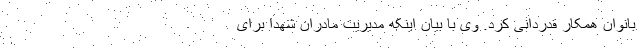
بانوان همکار قدردانی کرد. وی با بیان اینکه مدیریت مادران شهدا برای